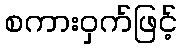
စကားဝှက်ဖြင့်